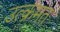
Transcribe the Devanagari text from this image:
उत्क्रमत